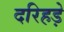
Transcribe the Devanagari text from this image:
दरिहड़े